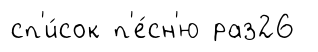
сп'и́сок п'е́сн'ю раз26